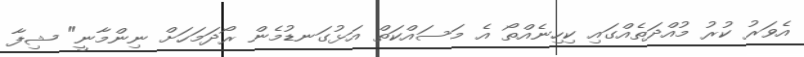
އެވަރު ކުރު މުއްދަތެއްގައި ކިހިނެއްތޯ އެ މަސައްކަތް އަޅުގަނޑުމެން ރޯދަމަހަށް ނިންމާނީ" ޝިފާ